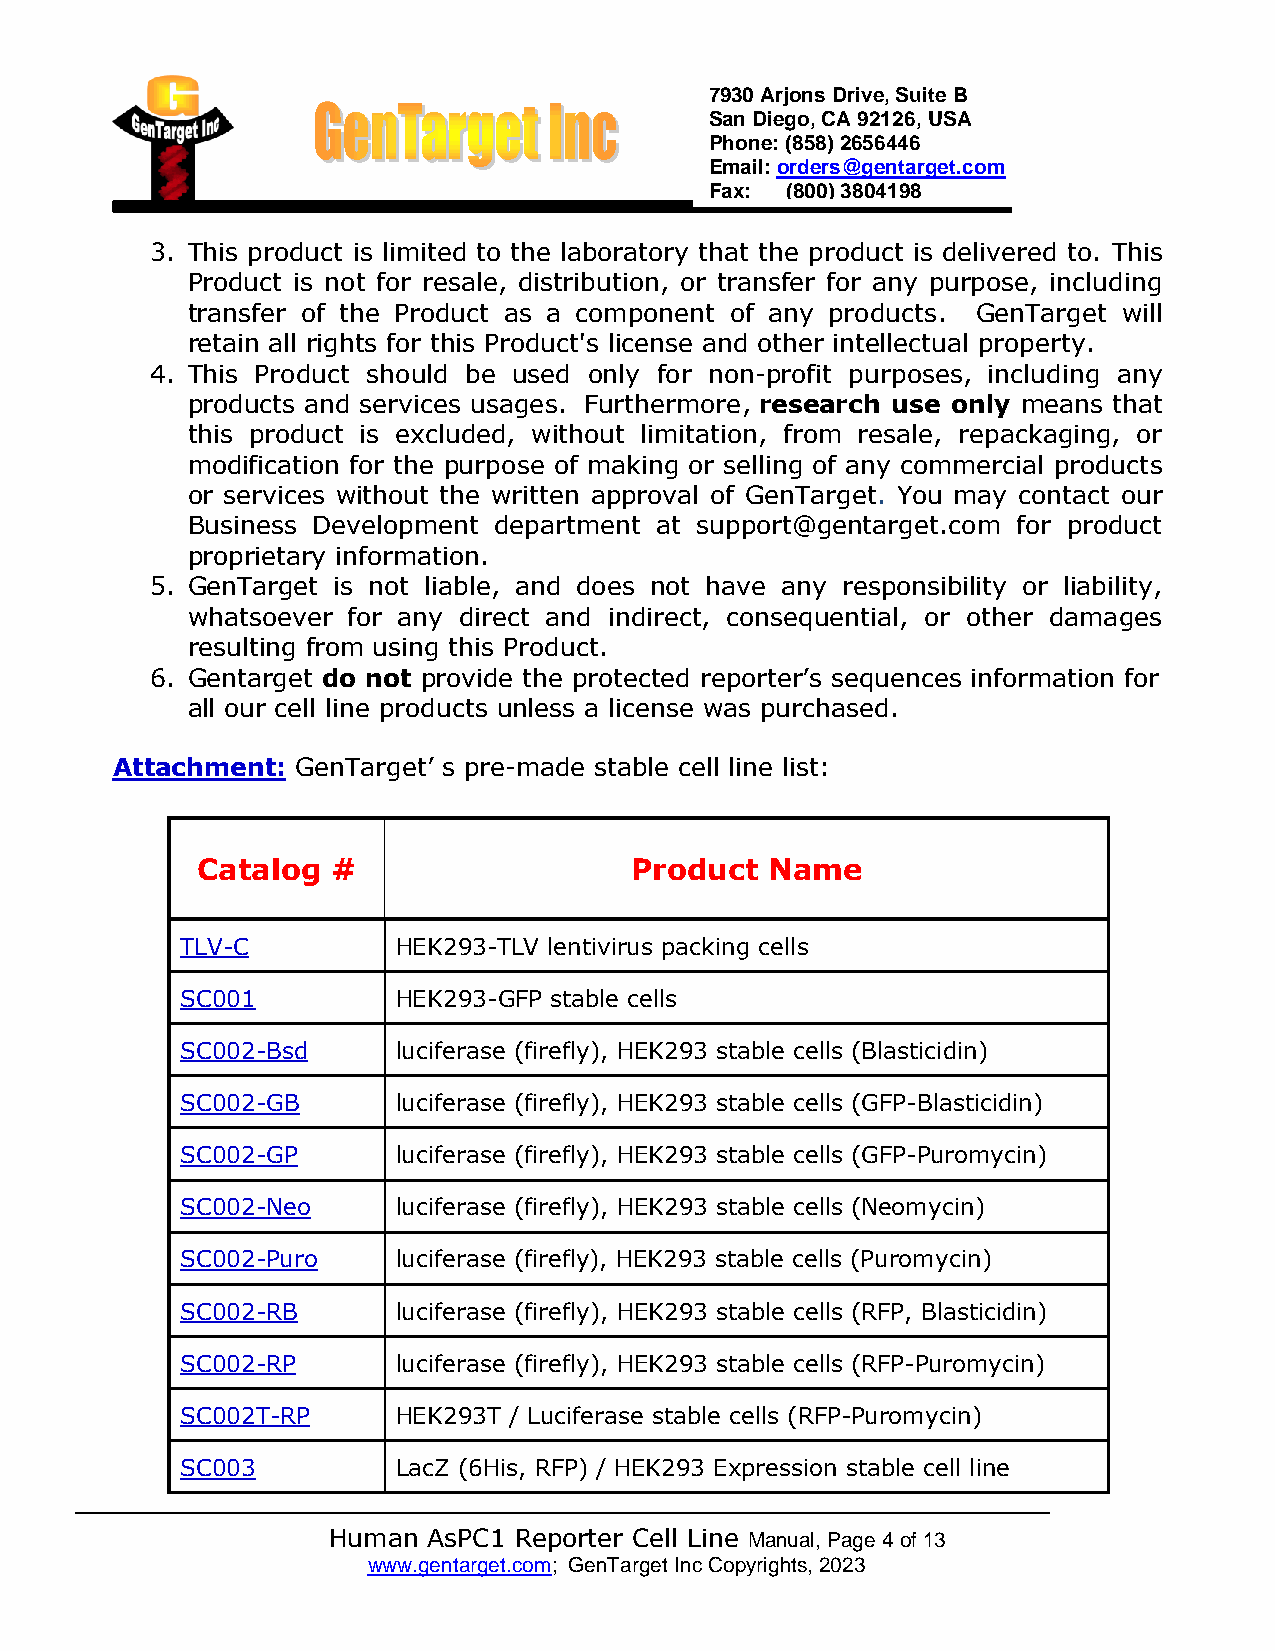
7930 Arjons Drive, Suite B
 San Diego, CA 92126, USA
 Phone: (858) 2656446
 Email: orders@gentarget.com
 Fax: (800) 3804198
 3. This product is limited to the laboratory th at the product is delivered to. This
 Product is not for resale, distribution, or transfer for any purpose, including
 transfer of the Product as a component of any products. GenTarget will
 retain all rights for this Product's license and other intellectual property.
 4. This Product should be used only for non-profit purposes, including any
 products and services usages. Furthermore, research use only means that
 this product is excluded, without limitation, from resale, repackaging, or
 modification for the purpose of making or selling of any commercial products
 or services without the written approval of GenTarget. You may contact our
 Business Development department at support@gentarget.com for product
 proprietary information.
 5. GenTarget is not liable, and does not have any responsibility or liability,
 whatsoever for any direct and indirect, consequential, or other damages
 resulting from using this Product.
 6. Gentarget do not provide the protected reporter’s sequences information for
 all our cell line products unless a license was purchased.
 Attachment:  GenTarget’ s pre-made stable cell line list:
 Catalog  #                   Product  Name
 TLV-C         HEK293-TLV lentivirus packing cells
 SC001         HEK293-GFP stable cells
 SC002-Bsd     luciferase (firefly), HEK293 stable cells (Blasticidin)
 SC002-GB      luciferase (firefly), HEK293 stable cells (GFP-Blasticidin)
 SC002-GP      luciferase (firefly), HEK293 stable cells (GFP-Puromycin)
 SC002-Neo     luciferase (firefly), HEK293 stable cells (Neomycin)
 SC002-Puro    luciferase (firefly), HEK293 stable cells (Puromycin)
 SC002-RB      luciferase (firefly), HEK293 stable cells (RFP, Blasticidin)
 SC002-RP      luciferase (firefly), HEK293 stable cells (RFP-Puromycin)
 SC002T-RP     HEK293T / Luciferase stable cells (RFP-Puromycin)
 SC003         LacZ (6His, RFP) / HEK293 Expression stable cell line
 Human AsPC1 Reporter Cell Line Manual, Page 4 of 13
 www.gentarget.com; GenTarget Inc Copyrights, 2023